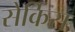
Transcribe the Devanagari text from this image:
सेर्किस